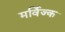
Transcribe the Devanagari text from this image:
मर्विज्क